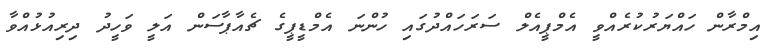
އިމްރާން ހައްޔަރުކުރެއްވީ އެމްޕީއެލް ސަރަހައްދުގައި ހުންނަ އެމްޑީޕީގެ ޗެއާޕާސަން އަލީ ވަހީދު ދިރިއުޅުއްވާ